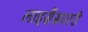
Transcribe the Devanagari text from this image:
लाइसेंसघारी